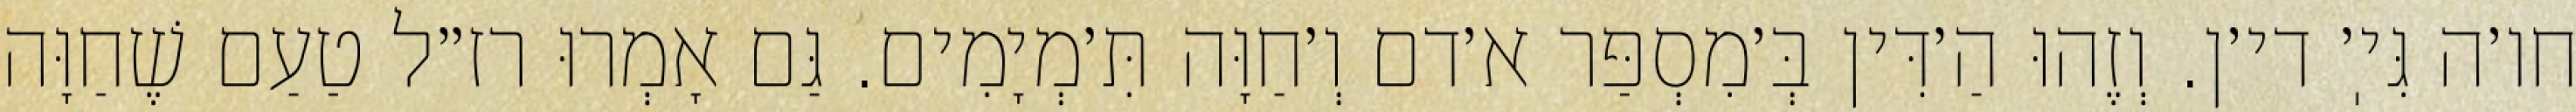
חו׳ה גִּיֽ׳ די׳ן. וְזֶהוּ הַ׳דִּין בְּ׳מִסְפַּר א׳דם וְ׳חַוָּה תִּ׳מְיָמִים. גַּם אָמְרוּ רז״ל טַעַם שֶׁחַוָּה